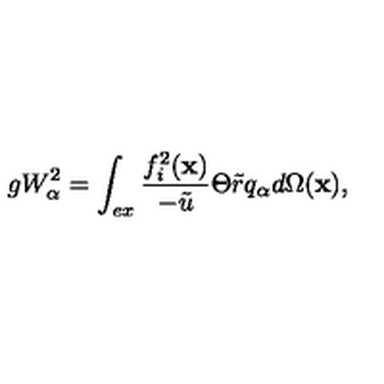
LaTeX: g W _ { \alpha } ^ { 2 } = \int _ { e x } \frac { f _ { i } ^ { 2 } ( \mathbf { x } ) } { - \tilde { u } } \Theta \tilde { r } q _ { \alpha } d \Omega ( \mathbf { x } ) ,